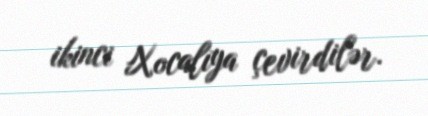
ikinci Xocalıya çevirdilər.